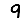
Digit: 9